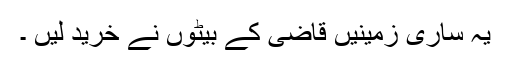
یہ ساری زمینیں قاضی کے بیٹوں نے خرید لیں ۔